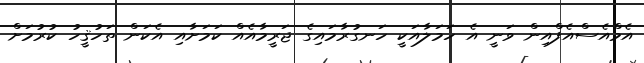
އެމްއެސްއެފްއިން ވަނީ އެ ހަމަލާއަކީ ހަނގުރާމައިގެ ޖަރީމާއެއް ކަމަށާއި އެކަން ތަހުޤީހު ކުރުމަށް